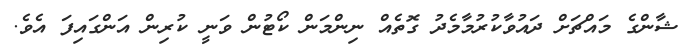
ޝާންގެ މައްޗަށް ދައުވާކުރުމާމެދު ގޮތެއް ނިންމަން ކޯޓުން ވަނީ ކުރިން އަންގައިފަ އެވެ.